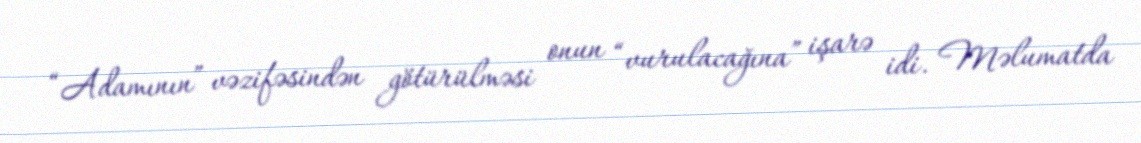
“Adamının” vəzifəsindən götürülməsi onun “vurulacağına” işarə idi. Məlumatda